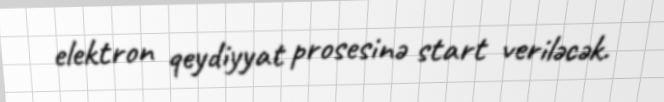
elektron qeydiyyat prosesinə start veriləcək.